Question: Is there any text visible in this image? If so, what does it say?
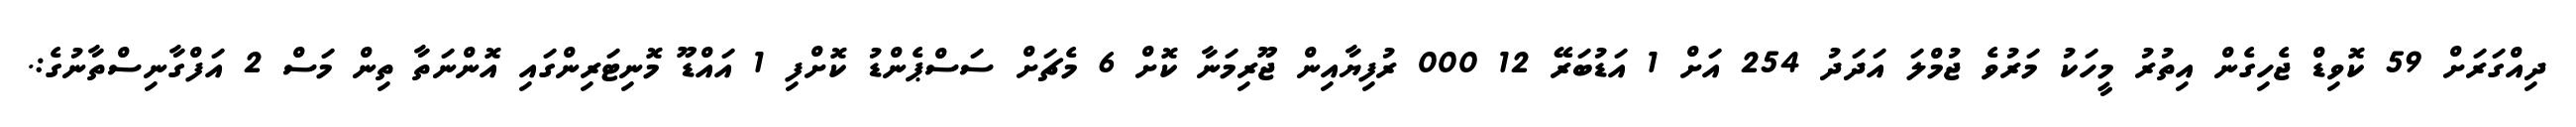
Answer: ދިއްގަރަށް 59 ކޮވިޑް ޖެހިގެން އިތުރު މީހަކު މަރުވެ ޖުމްލަ އަދަދު 254 އަށް 1 އަޑުބަރޭ 12 000 ރުފިޔާއިން ޖޫރިމަނާ ކޮށް 6 މެޗަށް ސަސްޕެންޑު ކޮށްފި 1 އައްޑޫ މޮނިޓަރިންގައި އޮންނަތާ ތިން މަސް 2 އަފްގާނިސްތާނުގެ:.